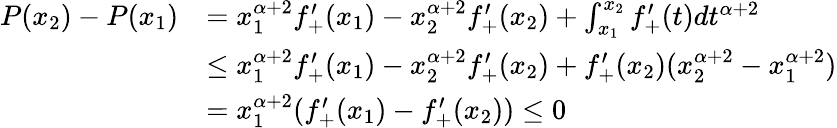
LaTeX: \begin{array}{rl}{P(x_{2})-P(x_{1})}&{=x_{1}^{\alpha+2}f_{+}^{\prime}(x_{1})-x_{2}^{\alpha+2}f_{+}^{\prime}(x_{2})+\int_{x_{1}}^{x_{2}}f_{+}^{\prime}(t)dt^{\alpha+2}}\\ &{\leq x_{1}^{\alpha+2}f_{+}^{\prime}(x_{1})-x_{2}^{\alpha+2}f_{+}^{\prime}(x_{2})+f_{+}^{\prime}(x_{2})(x_{2}^{\alpha+2}-x_{1}^{\alpha+2})}\\ &{=x_{1}^{\alpha+2}(f_{+}^{\prime}(x_{1})-f_{+}^{\prime}(x_{2}))\leq 0}\end{array}